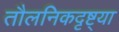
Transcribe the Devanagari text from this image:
तौलनिकदृष्ट्या